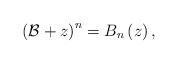
\begin{align*}\left(\mathcal{B}+z\right)^{n}=B_{n}\left(z\right),\end{align*}